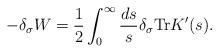
LaTeX: \begin{align*}-\delta_\sigma W = \frac12\int^\infty_0\frac{ds}s\delta_\sigma{\rm Tr} K'(s).\end{align*}